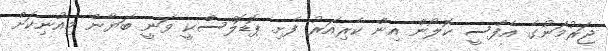
ޖަރުމަނުގެ އެފްސީ ކޮލޯން އިން ކެރިއަރު ފެށި ޕޮޑޮލްސްކީ ވަނީ ބަޔާން މިއުނިކަށް